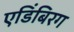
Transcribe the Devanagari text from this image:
एडिंबिरग